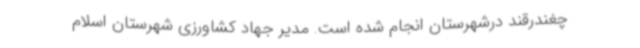
چغندرقند درشهرستان انجام شده است. مدیر جهاد کشاورزی شهرستان اسلام